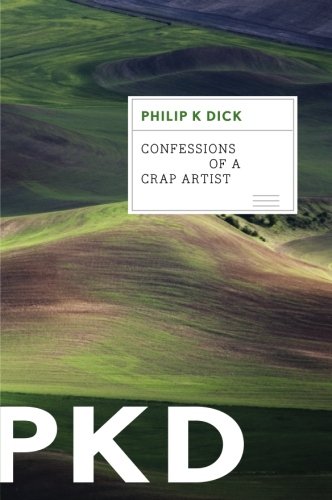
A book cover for Confessions of a Crap Artist; Philip K. Dick; Literature & Fiction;